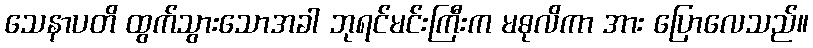
သေနာပတိ ထွက်သွားသောအခါ ဘုရင်မင်းကြီးက မဓုလိကာ အား ပြောလေသည်။